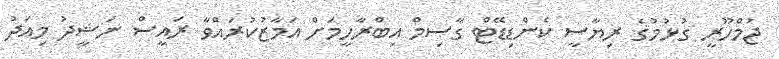
ޖުމްހޫރީ ގުޅުމުގެ ރިޔާސީ ކެންޑިޑޭޓް ގާސިމް އިބްރާހީމަށް އަމާޒުކުރައްވާ ރައީސް ނަޝީދު މިއަދު